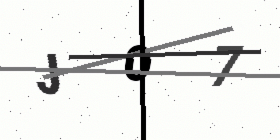
Text: JO7